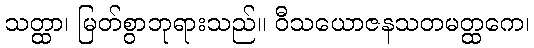
သတ္ထာ၊ မြတ်စွာဘုရားသည်။ ဝီသယောဇနသတမတ္ထကေ၊